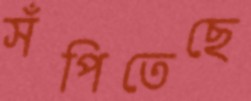
সঁপিতেছে